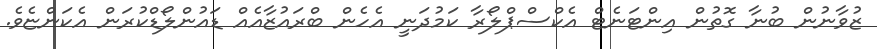
ޒުވާނުން ބުނާ ގޮތުން އިންޓަނެޓް އެކްސްޕްލޯރާ ކަމުދަނީ އެހެން ބްރައުޒާއެއް ޑައުންލޯޑްކުރަން އެކަންޏެވެ.